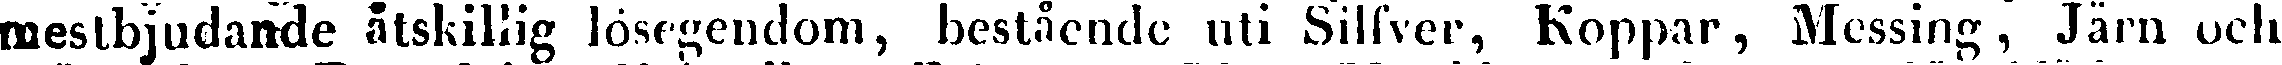
mestbjudande åtskillig lösegendom, bestående uti Silfver, Koppar, Messing, Järn och